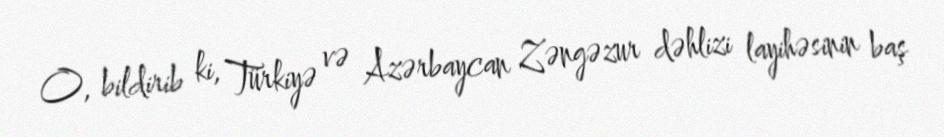
O, bildirib ki, Türkiyə və Azərbaycan Zəngəzur dəhlizi layihəsinin baş